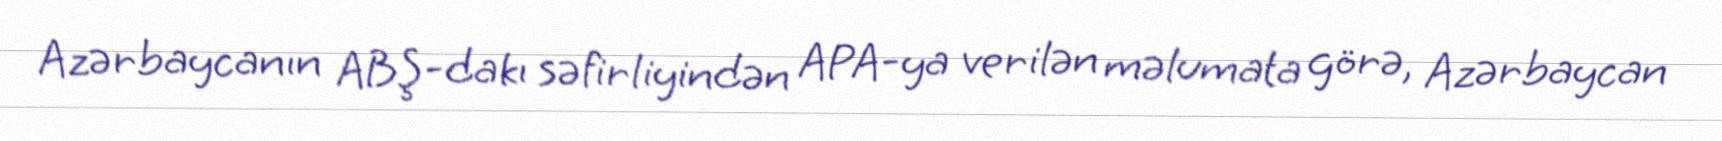
Azərbaycanın ABŞ-dakı səfirliyindən APA-ya verilən məlumata görə, Azərbaycan